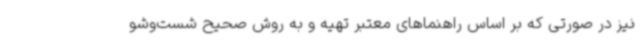
نیز در صورتی که بر اساس راهنماهای معتبر تهیه و به روش صحیح شست‌وشو